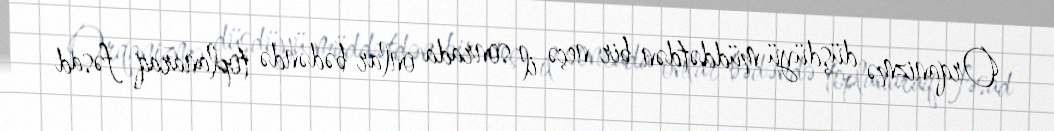
Orqanizmə düşdüyü müddətdən bir neçə il sonrada onlar bədəndə toplanaraq fəsad